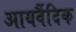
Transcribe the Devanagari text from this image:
आयर्वैदिक